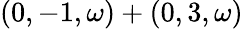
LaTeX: (0,-1,\omega)+(0,3,\omega)